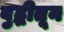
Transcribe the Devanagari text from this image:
बुद्धीतून